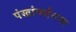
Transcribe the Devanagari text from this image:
पंखांपर्यंतचा